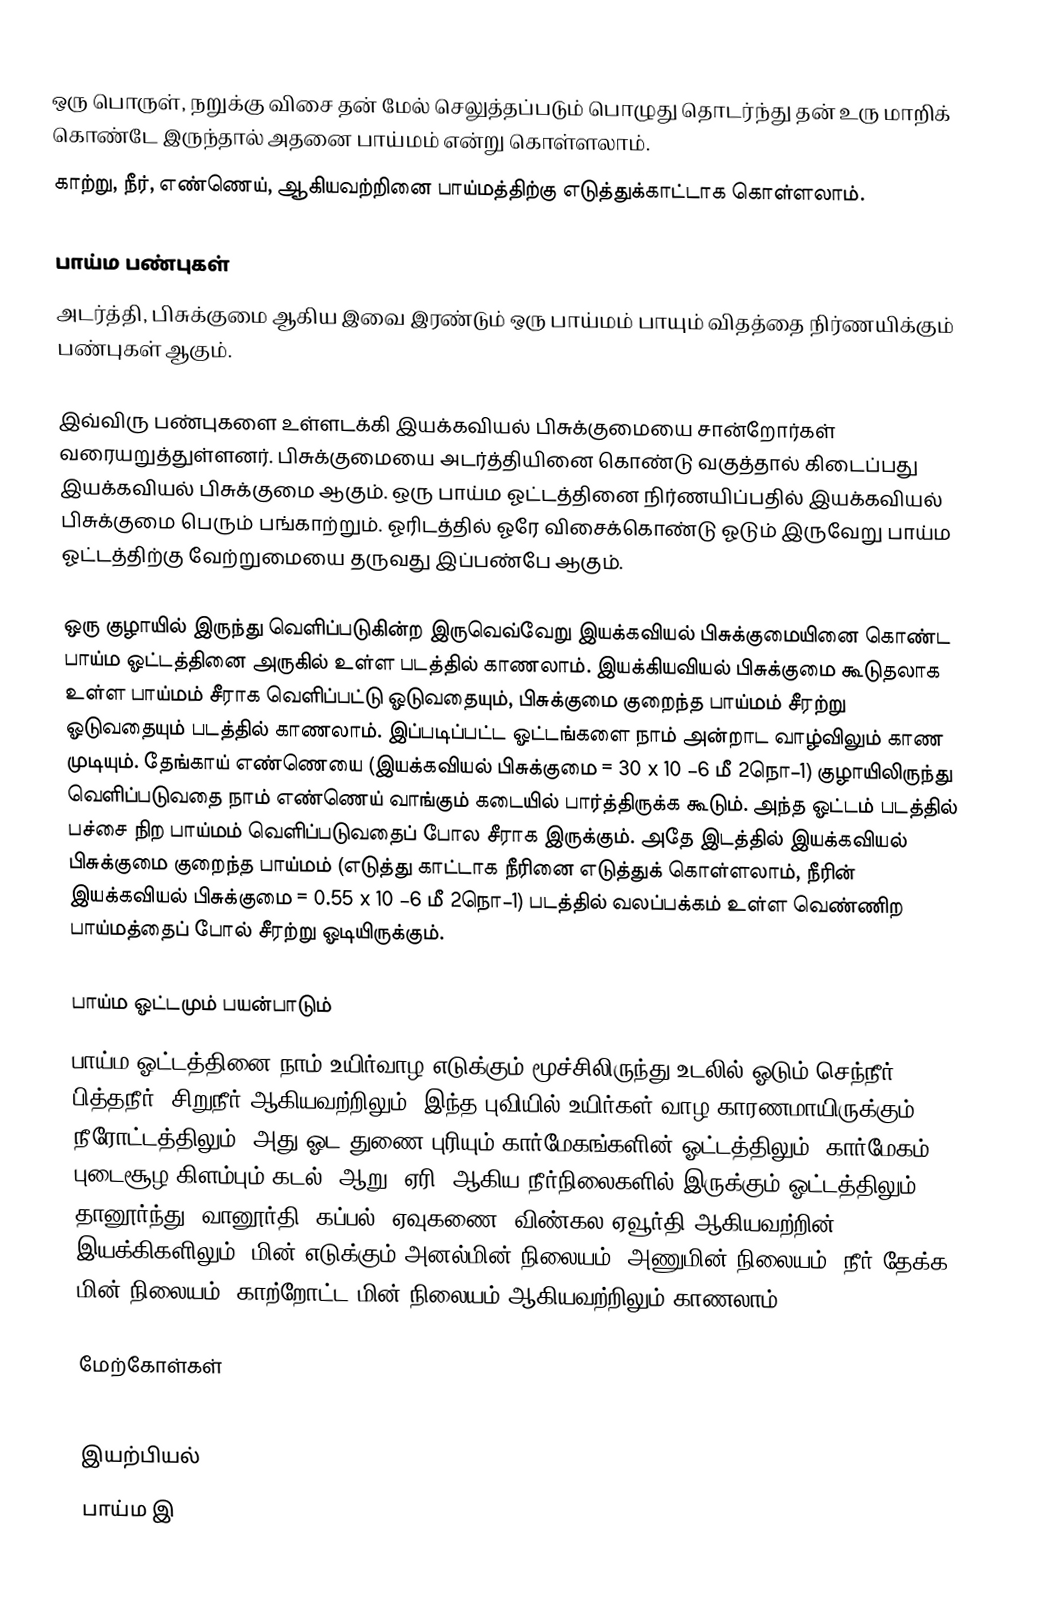
ஒரு பொருள், நறுக்கு விசை தன் மேல் செலுத்தப்படும் பொழுது தொடர்ந்து தன் உரு மாறிக் கொண்டே இருந்தால் அதனை பாய்மம் என்று கொள்ளலாம்.
காற்று, நீர், எண்ணெய், ஆகியவற்றினை பாய்மத்திற்கு எடுத்துக்காட்டாக கொள்ளலாம்.

பாய்ம பண்புகள்
அடர்த்தி, பிசுக்குமை ஆகிய இவை இரண்டும் ஒரு பாய்மம் பாயும் விதத்தை நிர்ணயிக்கும் பண்புகள் ஆகும்.

இவ்விரு பண்புகளை உள்ளடக்கி இயக்கவியல் பிசுக்குமையை சான்றோர்கள் வரையறுத்துள்ளனர். பிசுக்குமையை அடர்த்தியினை கொண்டு வகுத்தால் கிடைப்பது இயக்கவியல் பிசுக்குமை ஆகும். ஒரு பாய்ம ஓட்டத்தினை நிர்ணயிப்பதில் இயக்கவியல் பிசுக்குமை பெரும் பங்காற்றும். ஓரிடத்தில் ஓரே விசைக்கொண்டு ஓடும் இருவேறு பாய்ம ஓட்டத்திற்கு வேற்றுமையை தருவது இப்பண்பே ஆகும்.

ஒரு குழாயில் இருந்து வெளிப்படுகின்ற இருவெவ்வேறு இயக்கவியல் பிசுக்குமையினை கொண்ட பாய்ம ஓட்டத்தினை அருகில் உள்ள படத்தில் காணலாம். இயக்கியவியல் பிசுக்குமை கூடுதலாக உள்ள பாய்மம் சீராக வெளிப்பட்டு ஓடுவதையும், பிசுக்குமை குறைந்த பாய்மம் சீரற்று ஓடுவதையும் படத்தில் காணலாம். இப்படிப்பட்ட ஓட்டங்களை நாம் அன்றாட வாழ்விலும் காண முடியும். தேங்காய் எண்ணெயை (இயக்கவியல் பிசுக்குமை = 30 x 10 −6 மீ 2நொ−1) குழாயிலிருந்து வெளிப்படுவதை நாம் எண்ணெய் வாங்கும் கடையில் பார்த்திருக்க கூடும். அந்த ஓட்டம் படத்தில் பச்சை நிற பாய்மம் வெளிப்படுவதைப் போல சீராக இருக்கும். அதே இடத்தில் இயக்கவியல் பிசுக்குமை குறைந்த பாய்மம் (எடுத்து காட்டாக நீரினை எடுத்துக் கொள்ளலாம், நீரின் இயக்கவியல் பிசுக்குமை = 0.55 x 10 −6 மீ 2நொ−1) படத்தில் வலப்பக்கம் உள்ள வெண்ணிற பாய்மத்தைப் போல் சீரற்று ஓடியிருக்கும்.

பாய்ம ஓட்டமும் பயன்பாடும்
பாய்ம ஓட்டத்தினை நாம் உயிர்வாழ எடுக்கும் மூச்சிலிருந்து உடலில் ஓடும் செந்நீர், பித்தநீர், சிறுநீர் ஆகியவற்றிலும், இந்த புவியில் உயிர்கள் வாழ காரணமாயிருக்கும் நீரோட்டத்திலும், அது ஓட துணை புரியும் கார்மேகங்களின் ஓட்டத்திலும், கார்மேகம் புடைசூழ கிளம்பும் கடல், ஆறு, ஏரி, ஆகிய நீர்நிலைகளில் இருக்கும் ஓட்டத்திலும், தானூர்ந்து, வானூர்தி, கப்பல், ஏவுகணை, விண்கல ஏவூர்தி ஆகியவற்றின் இயக்கிகளிலும், மின் எடுக்கும் அனல்மின் நிலையம், அணுமின் நிலையம், நீர் தேக்க மின் நிலையம், காற்றோட்ட மின் நிலையம் ஆகியவற்றிலும் காணலாம்.

மேற்கோள்கள்

இயற்பியல்
பாய்ம இ